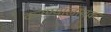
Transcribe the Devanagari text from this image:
करण्यालायक